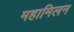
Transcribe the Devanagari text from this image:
महामिलन